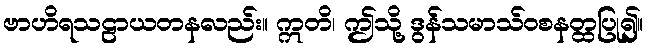
ဗာဟိရသဠာယတနလည်း။ ဣတိ၊ ဤသို့ ဒွန်သမာသ်ဝစနတ္ထပြု၍။